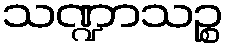
သဏ္ဍာသဉ္စ